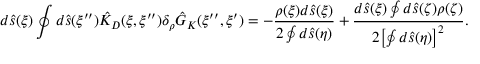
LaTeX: d \hat { s } ( \xi ) \oint { d } \hat { s } ( \xi ^ { \prime \prime } ) { \hat { K } _ { D } } ( \xi , \xi ^ { \prime \prime } ) { \delta _ { \rho } } { \hat { G } _ { K } } ( \xi ^ { \prime \prime } , \xi ^ { \prime } ) = - { \frac { \rho ( \xi ) d \hat { s } ( \xi ) } { 2 \oint { d } \hat { s } ( \eta ) } } + { \frac { d \hat { s } ( \xi ) \oint { d } \hat { s } ( \zeta ) \rho ( \zeta ) } { 2 { { \left[ \oint { d } \hat { s } ( \eta ) \right] } ^ { 2 } } } } .